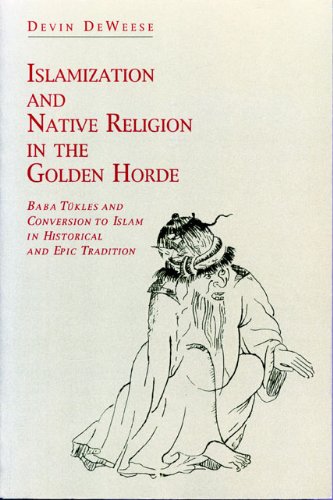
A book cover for Islamization and Native Religion in the Golden Horde: Baba TÃ¼kles and Conversion to Islam in Historical and Epic Tradition (Hermeneutics: Studies in the History of Religions); Devin DeWeese; Religion & Spirituality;